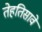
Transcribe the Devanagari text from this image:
तेहतिसावे